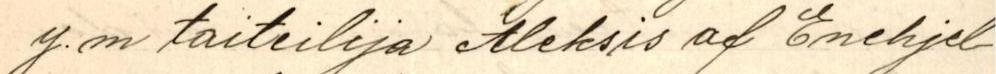
y.m taiteilija Aleksis af Enehjel-